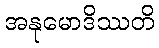
အနုမောဒိဿတိ